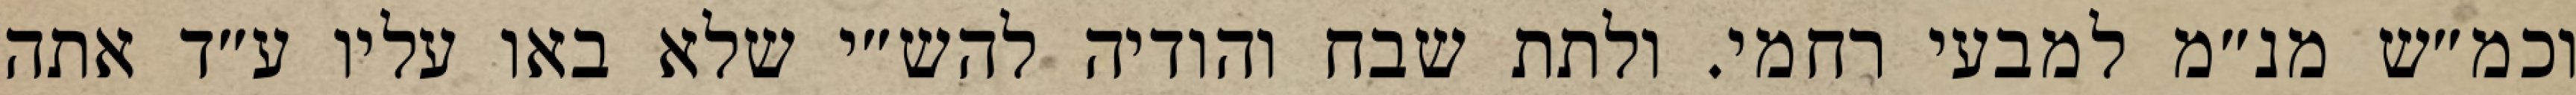
וכמ״ש מנ״מ למבעי רחמי. ולתת שבח והודיה להש״י שלא באו עליו ע״ד אתה